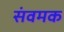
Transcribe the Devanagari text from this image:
संवमक